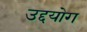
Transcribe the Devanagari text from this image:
उद्दयोग